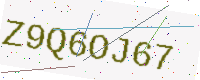
Text: Z9Q6OJ67